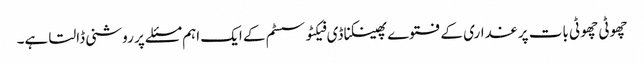
چھوٹی چھوٹی بات پر غداری کے فتوے پھینکنا ڈی فیکٹو سسٹم کے ایک اہم مسئلے پر روشنی ڈالتا ہے۔